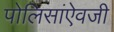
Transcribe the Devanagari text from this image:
पोलिसांऐवजी